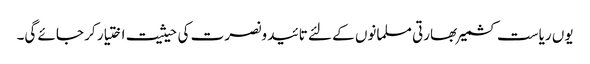
یوں ریاست کشمیر بھارتی مسلمانوں کے لئے تائید ونصرت کی حیثیت اختیار کر جائے گی۔